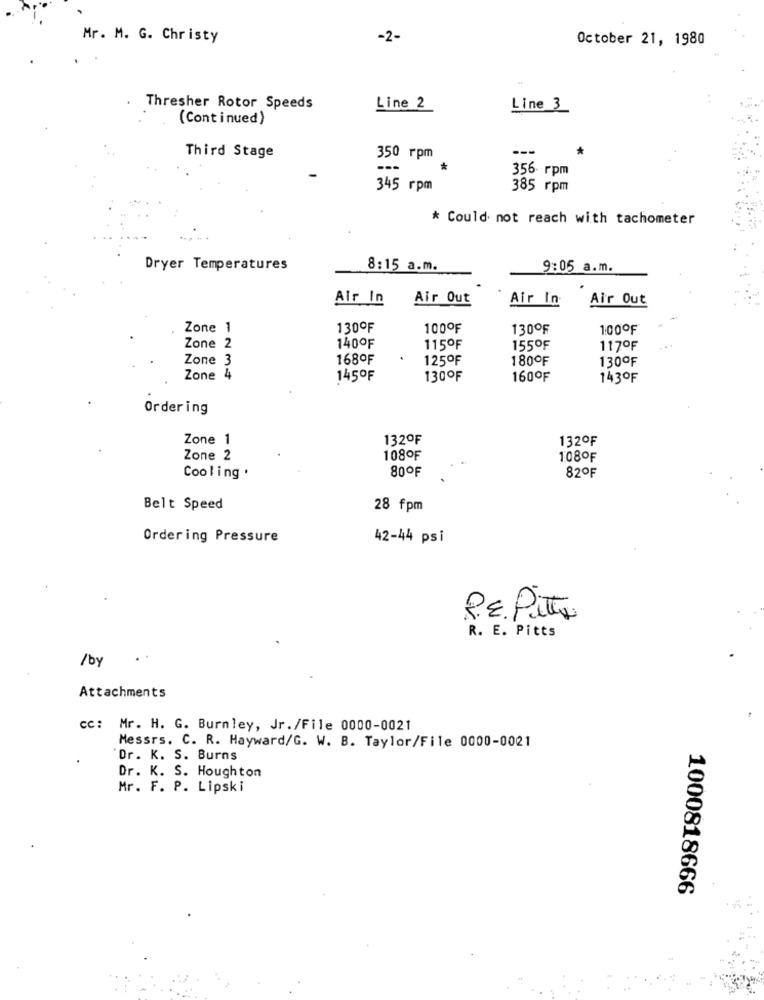
Mr. M. G. Christy
-2-
October 21, 1980
Thresher Rotor Speeds
Line 2
Line 3
(Continued)
---
Third Stage
350 rpm
---
*
356- rpm
345 rpm
385 rpm
* Could not reach with tachometer
Dryer Temperatures
8:15 a.m.
9:05 a.m.
Air In
Air Out
Air In.
Air Out
Zone 1
130ºF
100ºF
130ºF
100ºF
Zone 2
140ºF
115ºF
155ºF
117ºF
Zone 3
168ºF
125ºF
180ºF
130ºF
Zone 4
145ºF
130ºF
160ºF
143ºF
Ordering
Zone 1
132ºF
132ºF
Zone 2
108OF
108ºF
80ºF
Cooling .
82ºF
Belt Speed
28 fpm
Ordering Pressure
42-44 psi
PE Pito
R. E. Pitts
/by
Attachments
cc: Mr. H. G. Burnley, Jr./File 0000-0021
Messrs. C. R. Hayward/G. W. B. Taylor/File 0000-0021
Dr. K. S. Burns
Dr. K. S. Houghton
Mr. F. P. Lipski
1000818666